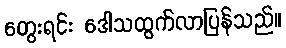
တွေးရင်း ဒေါသထွက်လာပြန်သည်။